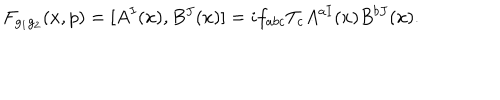
F _ { g _ { 1 } g _ { 2 } } ( x , p ) = [ A ^ { I } ( x ) , B ^ { J } ( x ) ] = i f _ { a b c } T _ { c } A ^ { a I } ( x ) B ^ { b J } ( x ) .